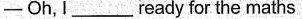
—Oh,I___ready for the maths